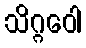
သိဂ္ဂဝေါ